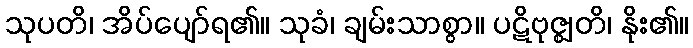
သုပတိ၊ အိပ်ပျော်ရ၏။ သုခံ၊ ချမ်းသာစွာ။ ပဋိဗုဇ္ဈတိ၊ နိုး၏။